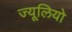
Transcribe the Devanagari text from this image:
ज्यूलियो